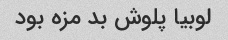
لوبیا پلوش بد مزه بود